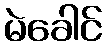
မဲခေါင်